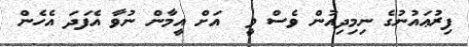
ފިރުޢައުނުގެ ނިމިދިއުން ވެސް ވީ  އަށް އީމާން ނުވާ އެފަދަ އެހެން